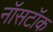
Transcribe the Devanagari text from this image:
नॉसटॉक